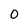
Character: 0